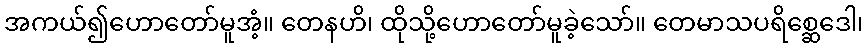
အကယ်၍ဟောတော်မူအံ့။ တေနဟိ၊ ထိုသို့ဟောတော်မူခဲ့သော်။ တေမာသပရိစ္ဆေဒေါ၊